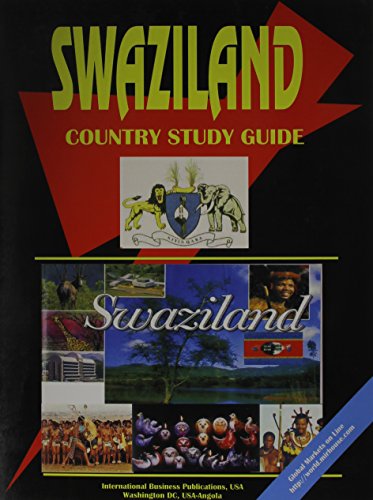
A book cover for Swaziland Country Study Guide; Ibp Usa; Travel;